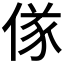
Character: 𬾷